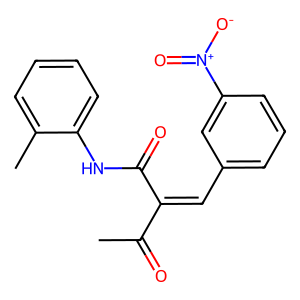
SMILES: CC(=O)C(=Cc1cccc([N+](=O)[O-])c1)C(=O)Nc1ccccc1C
Inhibits HIV replication: No